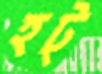
হট্